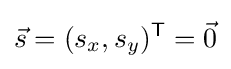
{\vec {s}}=(s_{x},s_{y})^{\mathsf {T}}={\vec {0}}\,\!